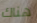
هناك